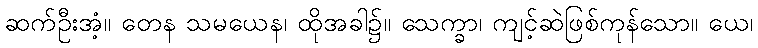
ဆက်ဦးအံ့။ တေန သမယေန၊ ထိုအခါ၌။ သေက္ခာ၊ ကျင့်ဆဲဖြစ်ကုန်သော။ ယေ၊